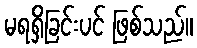
မရရှိခြင်းပင် ဖြစ်သည်။